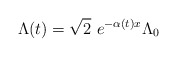
\begin{align*}\hspace*{-6cm}\Lambda (t)=\sqrt{2}\ e^{-\alpha (t)x}\Lambda_0\end{align*}